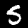
Label: 5